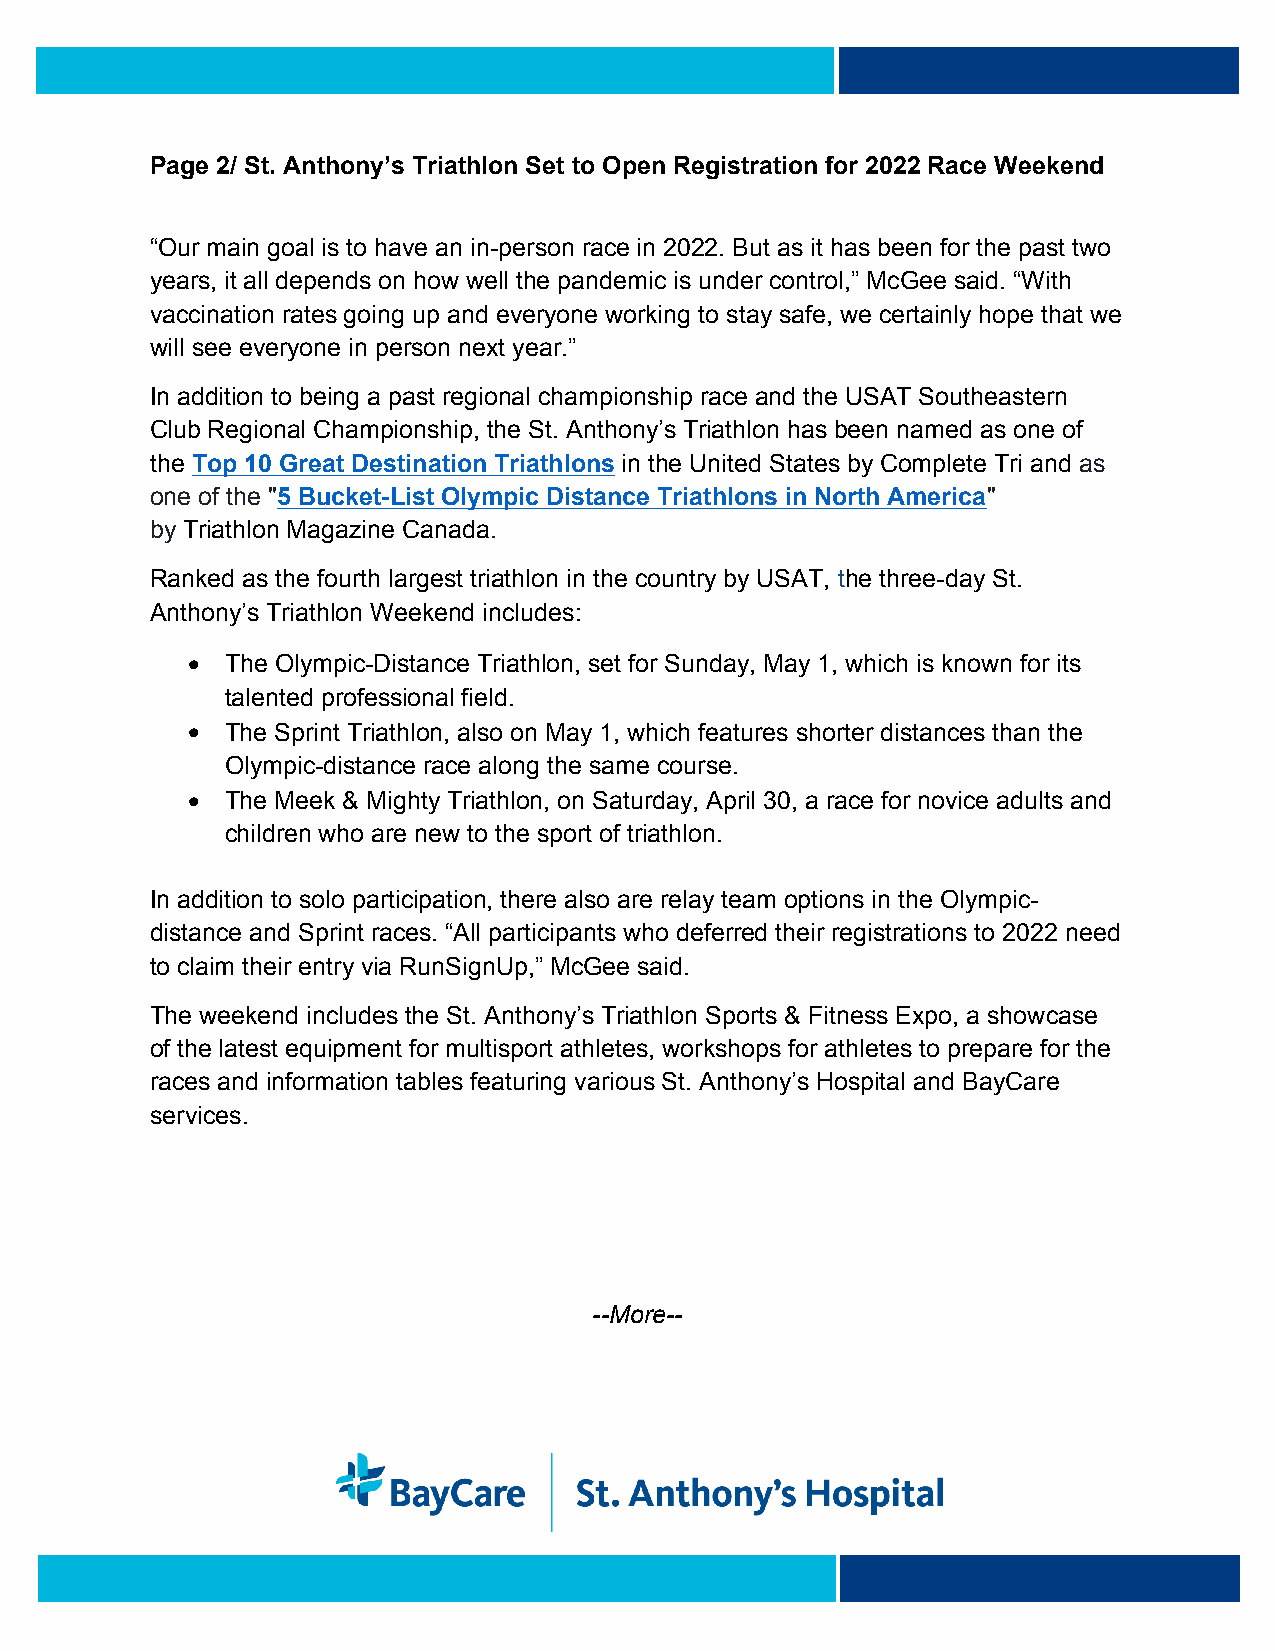
Page 2/ St. Anthony’s Triathlon Set to Open Registration for 2022 Race Weekend
 “Our main goal is to have an in-person race in 2022. But as it has been for the past two
 years, it all depends on how well the pandemic is under control,” McGee said. “With
 vaccination rates going up and everyone working to stay safe, we certainly hope that we
 will see everyone in person next year.”
 In addition to being a past regional championship race and the USAT Southeastern
 Club Regional Championship, the St. Anthony’s Triathlon has been named as one of
 the Top 10 Great Destination Triathlons in the United States by Complete Tri and as
 one of the "5 Bucket-List Olympic Distance Triathlons in North America"
 by Triathlon Magazine Canada.
 Ranked as the fourth largest triathlon in the country by USAT, the three-day St.
 Anthony’s Triathlon Weekend includes:
   The Olympic-Distance Triathlon, set for Sunday, May 1, which is known for its
 talented professional field.
   The Sprint Triathlon, also on May 1, which features shorter distances than the
 Olympic-distance race along the same course.
   The Meek & Mighty Triathlon, on Saturday, April 30, a race for novice adults and
 children who are new to the sport of triathlon.
 In addition to solo participation, there also are relay team options in the Olympic-
 distance and Sprint races. “All participants who deferred their registrations to 2022 need
 to claim their entry via RunSignUp,” McGee said.
 The weekend includes the St. Anthony’s Triathlon Sports & Fitness Expo, a showcase
 of the latest equipment for multisport athletes, workshops for athletes to prepare for the
 races and information tables featuring various St. Anthony’s Hospital and BayCare
 services.
 --More--